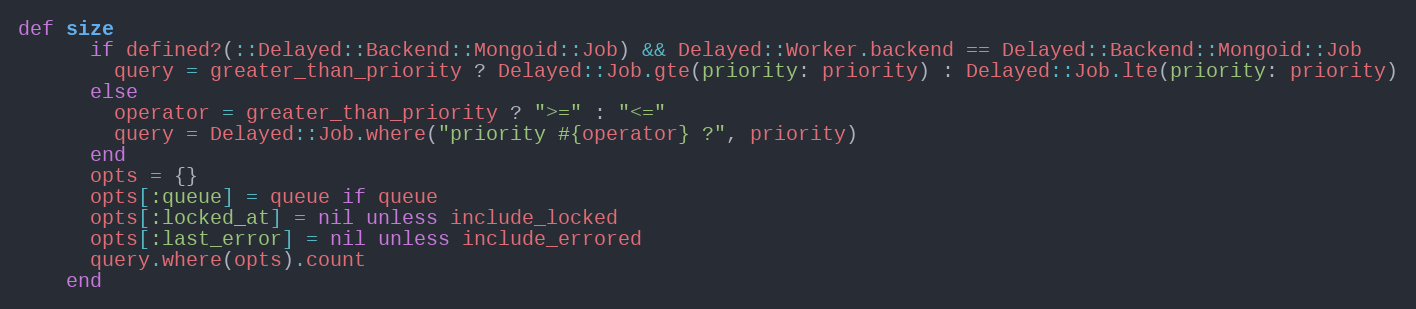
Language: Ruby
def size
      if defined?(::Delayed::Backend::Mongoid::Job) && Delayed::Worker.backend == Delayed::Backend::Mongoid::Job
        query = greater_than_priority ? Delayed::Job.gte(priority: priority) : Delayed::Job.lte(priority: priority)
      else
        operator = greater_than_priority ? ">=" : "<="
        query = Delayed::Job.where("priority #{operator} ?", priority)
      end
      opts = {}
      opts[:queue] = queue if queue
      opts[:locked_at] = nil unless include_locked
      opts[:last_error] = nil unless include_errored
      query.where(opts).count
    end